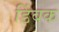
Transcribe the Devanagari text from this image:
डिंबक